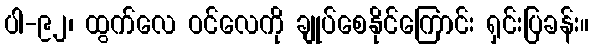
ပါ-၉၂၊ ထွက်လေ ဝင်လေကို ချုပ်စေနိုင်ကြောင်း ရှင်းပြခန်း။